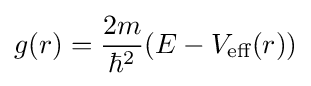
g(r)={\frac {2m}{\hbar ^{2}}}(E-V_{\text{eff}}(r))